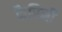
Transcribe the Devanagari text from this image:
कैरिनी